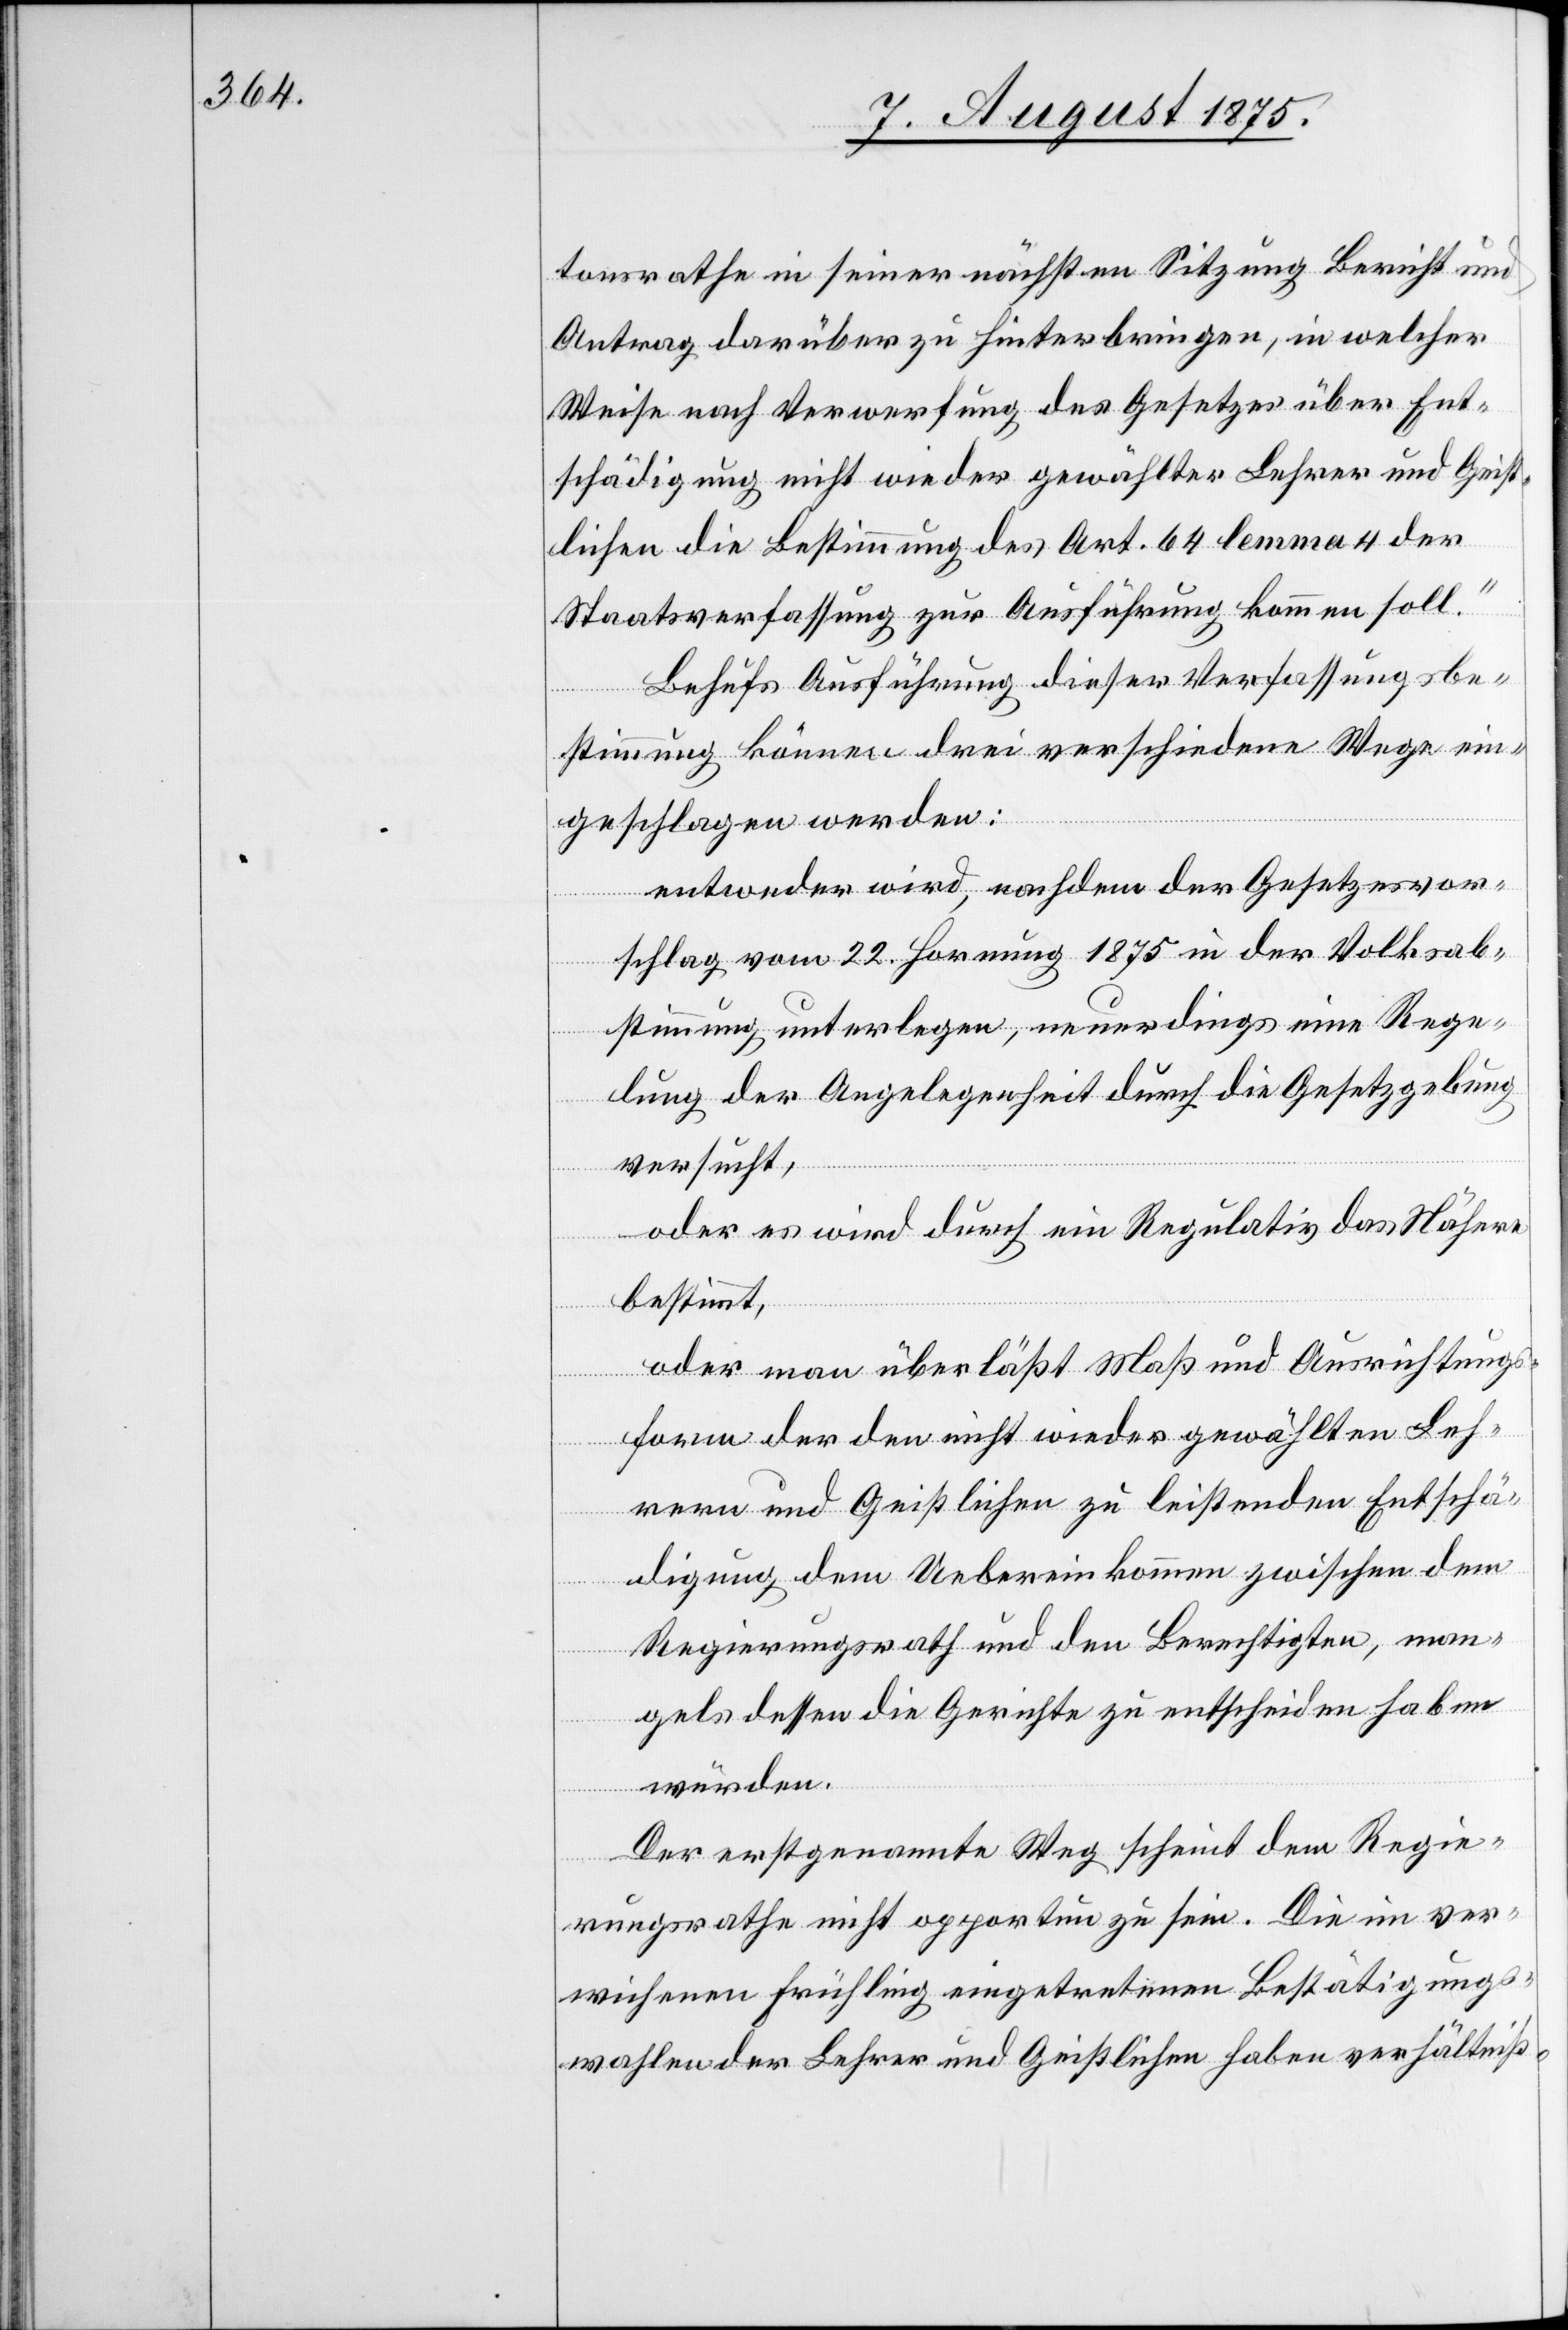
tonsrathe in seiner nächsten Sitzung Bericht und
Antrag darüber zu hinterbringen, in welcher
Weise nach Verwerfung des Gesetzes über Ent¬
schädigung nicht wieder gewählter Lehrer und Geist¬
lichen die Bestimmung des Art. 64 lemma 4 der
Staatsverfassung zur Ausführung kommen soll.“
Behufs Ausführung dieser Verfassungsbe¬
stimmung können drei verschiedene Wege ein¬
geschlagen werden:
entweder wird, nachdem der Gesetzesvor¬
schlag vom 22. Hornung 1875 in der Volksab¬
stimmung unterlegen, neuerdings eine Rege¬
lung der Angelegenheit durch die Gesetzgebung
versucht,
oder es wird durch ein Regulativ das Nähere
bestimmt,
oder man überläßt Maß und Ausrichtungs¬
form der den nicht wieder gewählten Leh¬
rern und Geistlichen zu leistenden Entschä¬
digung dem Uebereinkommen zwischen dem
Regierungsrath und den Berechtigten, man¬
gels dessen die Gerichte zu entscheiden haben
würden.
Der erstgenannte Weg scheint dem Regie¬
rungsrathe nicht opportun zu sein. Die im ver¬
wichenen Frühling eingetretenen Bestätigungs¬
wahlen der Lehrer und Geistlichen haben verhältniß-